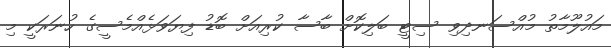
މައުލޫމާތު މުއްސަނދިވި ސިޓީ ބަލިކޮށް ބާސާ ކުރިއަށް ބޮޑު ފިޔަވަޅެއްމެސީގެ ހުނަރަކީ މި